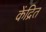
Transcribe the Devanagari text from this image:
केंद्रित